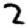
Digit: 2